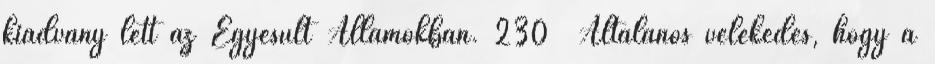
kiadvány lett az Egyesült Államokban. 230 Általános vélekedés, hogy a